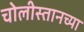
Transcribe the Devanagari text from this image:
चोलीस्तानच्या